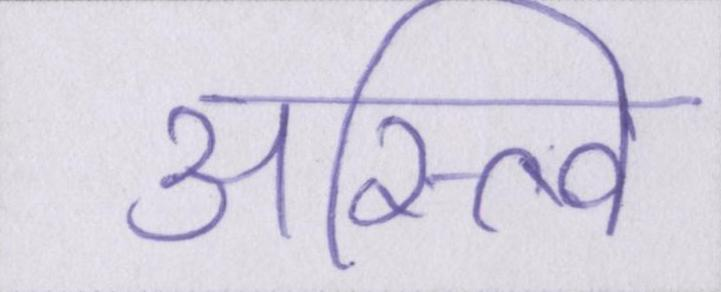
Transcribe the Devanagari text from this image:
अस्त्वि